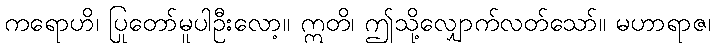
ကရောဟိ၊ ပြုတော်မူပါဦးလော့။ ဣတိ၊ ဤသို့လျှောက်လတ်သော်။ မဟာရာဇ၊